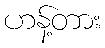
ဟန့်တား